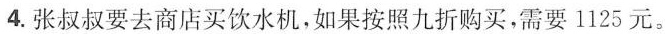
4. 张叔叔要去商店买饮水机，如果按照九折购买，需要 1125 元。